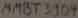
Text: MMBT3904